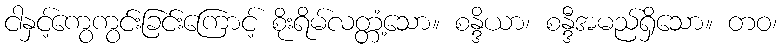
ငါနှင့်ကွေကွင်းခြင်းကြောင့် စိုးရိမ်လတ္တံ့သော။ စန္ဒိယာ၊ စန္ဒီအမည်ရှိသော။ တဝ၊